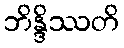
ဘိန္ဒိဿတိ